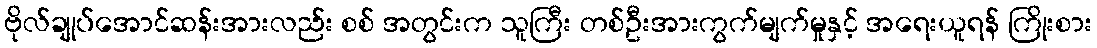
ဗိုလ်ချုပ်အောင်ဆန်းအားလည်း စစ် အတွင်းက သူကြီး တစ်ဦးအားကွက်မျက်မှုနှင့် အရေးယူရန် ကြိုးစား